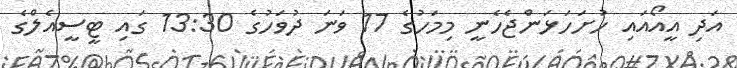
އަދި އީއޯއައި ހުށަހަޅަންޖެހެނީ މިމަހުގެ 17 ވަނަ ދުވަހުގެ 13:30 ގައި ޓީސީއެލްގެ